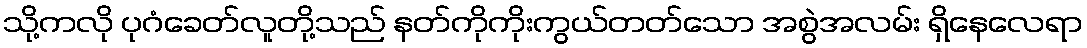
သို့ကလို ပုဂံခေတ်လူတို့သည် နတ်ကိုကိုးကွယ်တတ်သော အစွဲအလမ်း ရှိနေလေရာ